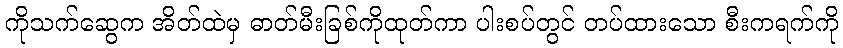
ကိုသက်ဆွေက အိတ်ထဲမှ ဓာတ်မီးခြစ်ကိုထုတ်ကာ ပါးစပ်တွင် တပ်ထားသော စီးကရက်ကို